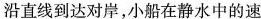
险沿直线到达对岸，小船在静水中的速